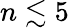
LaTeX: n\lesssim 5